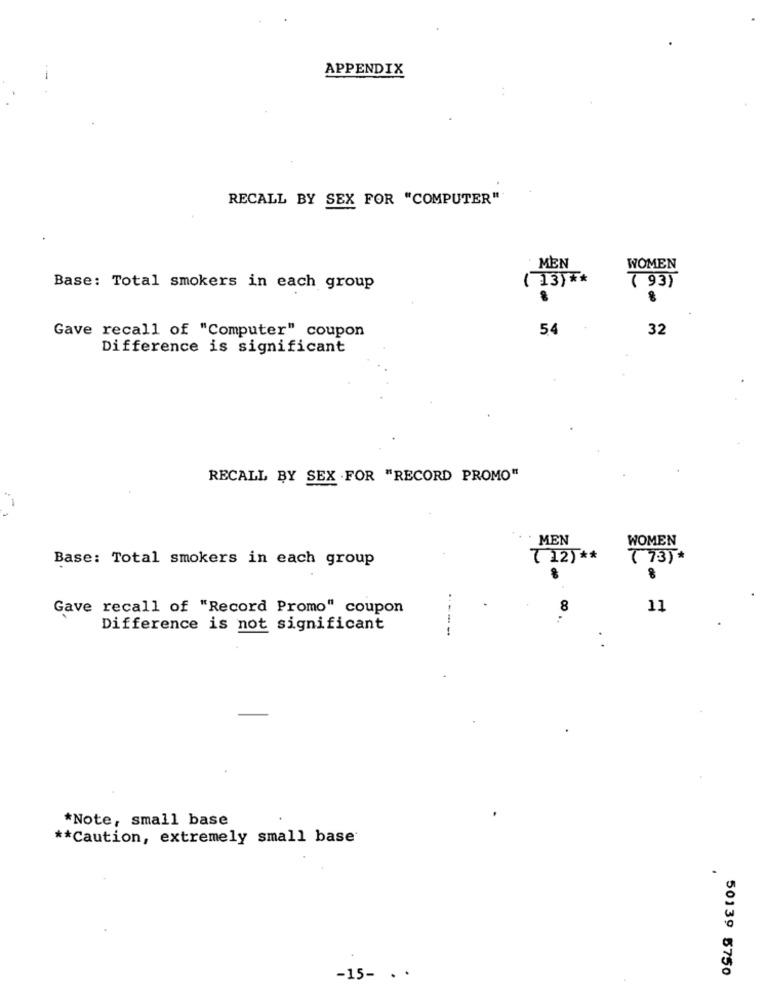
APPENDIX
RECALL BY SEX FOR "COMPUTER"
MEN
WOMEN
( 13) **
Base: Total smokers in each group
( 93)
Gave recall of "Computer" coupon
54
32
Difference is significant
RECALL BY SEX .FOR "RECORD PROMO"
MEN
WOMEN
Base: Total smokers in each group
( 12) **
( 73)*
Gave recall of "Record Promo" coupon
8
11
Difference is not significant
*Note, small base
** Caution, extremely small base
50139 5750
-15- . .